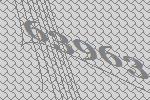
63963